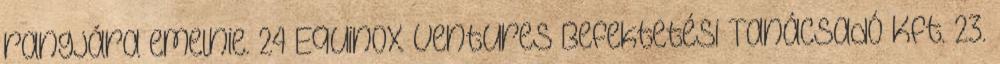
rangjára emelnie. 24 Equinox Ventures Befektetési Tanácsadó Kft. 23.